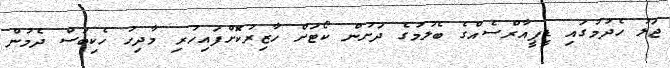
ޖަލު ހެދުމުގައި ޑީޕީއާރްސެއްގެ ބެލުމުގެ ދަށުން ކޯޓަށް ހާޒިރުކޮށްފައިހުރި މާދިހު ހެކިބަސް ދެމުން